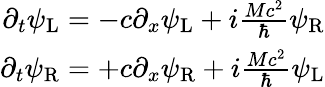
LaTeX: \begin{array}{r}{\partial_{t}\psi_{\mathrm{L}}=-c\partial_{x}\psi_{\mathrm{L}}+i\frac{Mc^{2}}{\hbar}\psi_{\mathrm{R}}}\\ {\partial_{t}\psi_{\mathrm{R}}=+c\partial_{x}\psi_{\mathrm{R}}+i\frac{Mc^{2}}{\hbar}\psi_{\mathrm{L}}}\end{array}